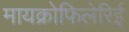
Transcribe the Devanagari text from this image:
मायक्रोफिलेरिई